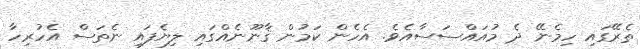
ތެރޭގައި ހިމެނޭ ދެ މުއައްސަސާއެވެ. އެހެން ކަމުން ޤާނޫނެއްގައި ލިޔެފައި ނެތަސް އެހުރިހާ